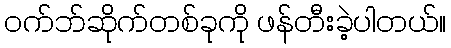
ဝက်ဘ်ဆိုက်တစ်ခုကို ဖန်တီးခဲ့ပါတယ်။